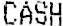
CASH